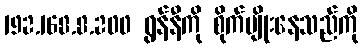
192.168.8.200 ရွန်နီကို စိုက်ပျိုးနေသည်ကို